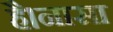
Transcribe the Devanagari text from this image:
है।नासा